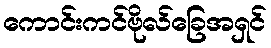
ကောင်းကင်ဗိုလ်ခြေအရှင်